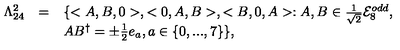
\begin{array} { l l l } { \Lambda _ { 2 4 } ^ { 2 } } & { = } & { \{ < A , B , 0 > , < 0 , A , B > , < B , 0 , A > : A , B \in \frac { 1 } { \sqrt { 2 } } { \cal E } _ { 8 } ^ { o d d } , } \\ { } & { } & { A B ^ { \dagger } = \pm \frac { 1 } { 2 } e _ { a } , a \in \{ 0 , . . . , 7 \} \} , } \\ \end{array}